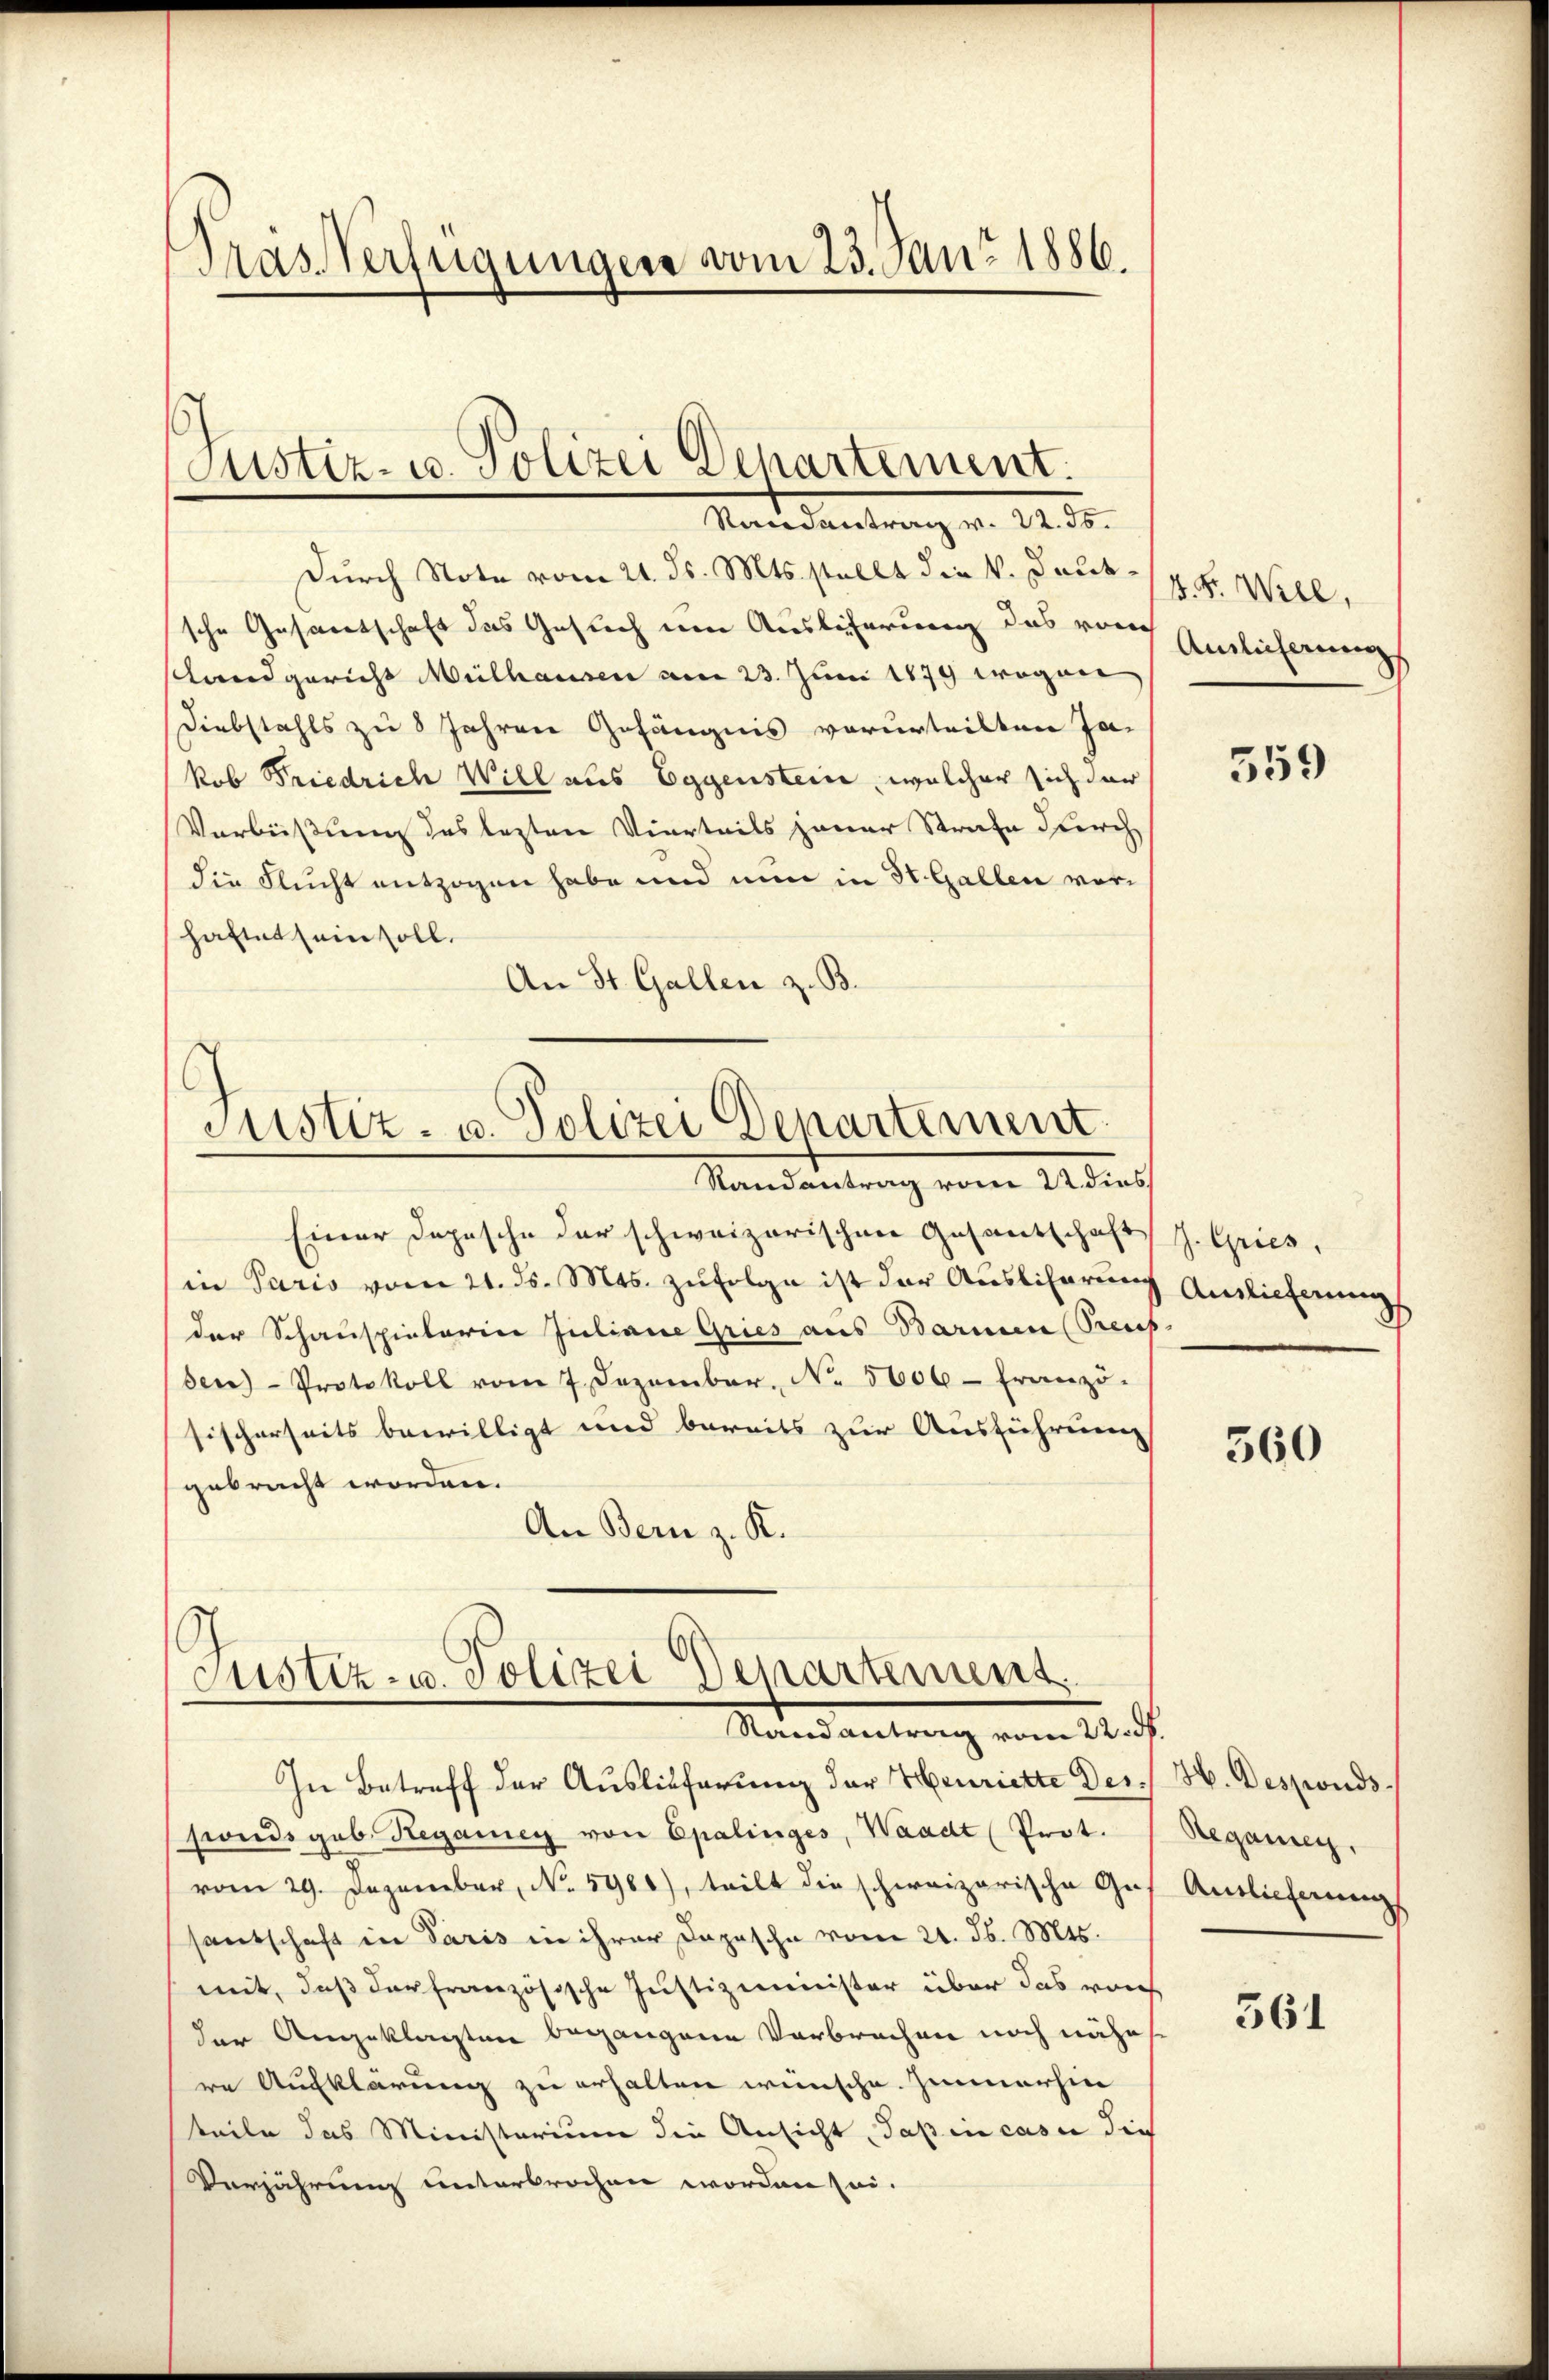
Tras Verfügungen vom 23. Juni 1886.

Justiz- u. Polizei Departement.
Mandantrag v. 125.

Durch Note vom 21. ds. Mts. stellt die v. Jautsche Gesamtschaft das Gesuch um Auslicherung das vom
slandgericht Mülhausen am 23. Juni 1879 wegen
Diebstahls zu 8 Jahren Gefängnis verurteilten Ja-
kob Friedrich Will aus Eggenstein, welcher sich der
Verbüßung des lezten Vierteils jener Strafe durch
die Flucht entzogen habe und nun in St. Gallen vorhaftet sein soll.
An St. Gallen z. B.
Justiz- u. Polizei Departement.
Randantrag vom 22. dies
Einer Depesche der schweizerischen Gesantschaft
in Paris vom 21. ds. Mts. zufolge ist der Auslieferung
der Schauspietaria Juliane Gries aus Barmen (Preis
den- Protokoll vom 7. Dezember. No. 5606. Franzö-
sischerseits bewilligt und bereits zur Ausführung
gebracht worden.
An Bern z. K.

.
Justiz- u. Polizei Departement
Mandantrag vom 12. d.

In Betreff der Auslieferung der Henriette Des H. Desponds
fonds geb. Regamey von Epalinges, Waadt (Prot.
vom 29. Dezember, No. 5966), teilt die schweizerische Gu
santschaft in Paris in ihrer Depesche vom 21. d. Mts.
mit, daß darfranzösische Justizminister über das reich
der Angeklagten begangene Verbrechen noch nähe
re Aufklärung zu erhalten wünsche. Immerhin
teile das Ministerium die Ansicht, daß in casi dies
Verjährung unterbrochen worden sei.

V. P. Will,
Amlicherung

559

J. Gries,
Auslieferung

560

Regang,
Antlicherung

561